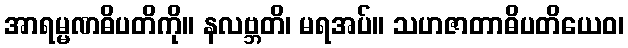
အာရမ္မဏဓိပတိကို။ နလဗ္ဘတိ၊ မရအပ်။ သဟဇာတာဓိပတိယေဝ၊